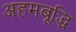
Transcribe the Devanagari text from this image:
अहमबूद्धि